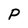
Character: P